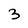
Character: 3